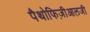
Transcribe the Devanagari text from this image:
पैथोफिज़ीआलजी